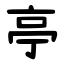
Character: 亭